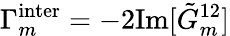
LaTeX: \Gamma_{m}^{\mathrm{inter}}=-2\mathrm{Im}[\tilde{G}_{m}^{12}]